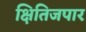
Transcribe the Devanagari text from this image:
क्षितिजपार